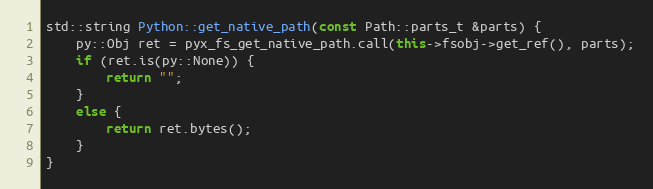
Language: C++
std::string Python::get_native_path(const Path::parts_t &parts) {
	py::Obj ret = pyx_fs_get_native_path.call(this->fsobj->get_ref(), parts);
	if (ret.is(py::None)) {
		return "";
	}
	else {
		return ret.bytes();
	}
}